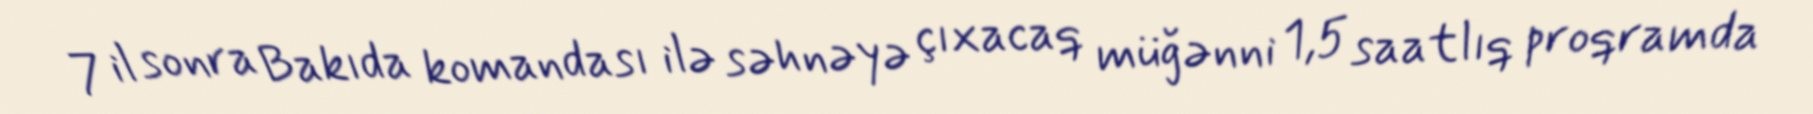
7 il sonra Bakıda komandası ilə səhnəyə çıxacaq müğənni 1,5 saatlıq proqramda